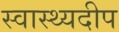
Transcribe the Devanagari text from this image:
स्वास्थ्यदीप